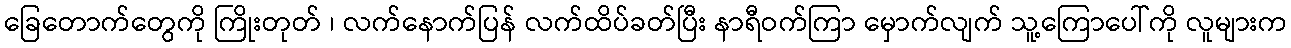
ခြေတောက်တွေကို ကြိုးတုတ် ၊ လက်နောက်ပြန် လက်ထိပ်ခတ်ပြီး နာရီဝက်ကြာ မှောက်လျက် သူ့ကြောပေါ်ကို လူများက